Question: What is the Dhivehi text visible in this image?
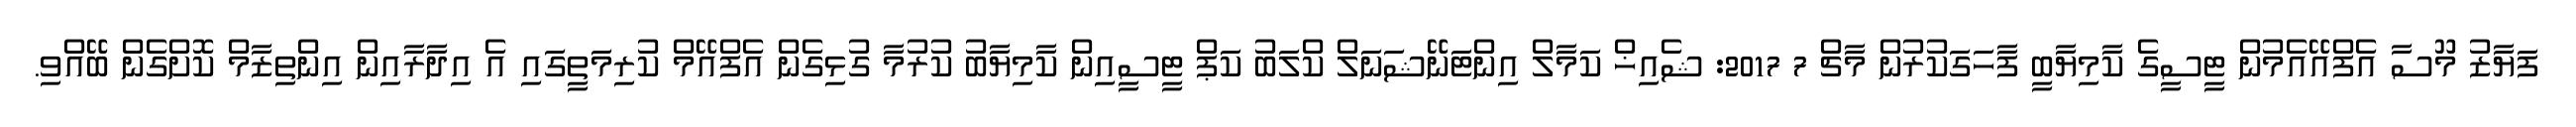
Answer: ފަޔާޒު މޫސާ އެފްއޭއެމުން ޓީސީގެ ކާމިޔާބީ ފާހަގަކުރުން މާޗް 7 2017: ޝެއިޚް ކަމާލް އިންޓަނޭޝަނަލް ކްލަބު ކަޕް ޓީސީއިން ކާމިޔާބު ކުރުމާ ގުޅިގެން އެފްއޭމް ކުރިމަތީގައި އެ އިދާރާއިން އިންތިޒާމް ކޮށްގެން ބޭއްވި.